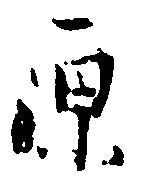
原